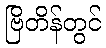
ဗြိတိန်တွင်